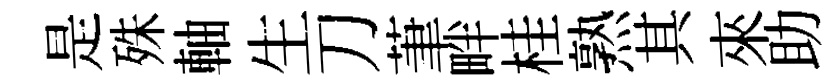
是殊軸生刀茟畔桂熟其來助